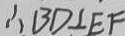
\therefore B D \bot E F